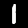
Digit: 1